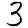
Digit: 3